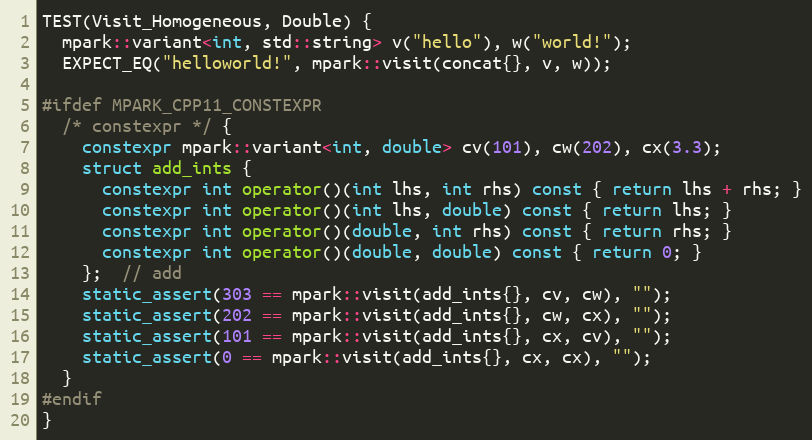
Language: C++
TEST(Visit_Homogeneous, Double) {
  mpark::variant<int, std::string> v("hello"), w("world!");
  EXPECT_EQ("helloworld!", mpark::visit(concat{}, v, w));

#ifdef MPARK_CPP11_CONSTEXPR
  /* constexpr */ {
    constexpr mpark::variant<int, double> cv(101), cw(202), cx(3.3);
    struct add_ints {
      constexpr int operator()(int lhs, int rhs) const { return lhs + rhs; }
      constexpr int operator()(int lhs, double) const { return lhs; }
      constexpr int operator()(double, int rhs) const { return rhs; }
      constexpr int operator()(double, double) const { return 0; }
    };  // add
    static_assert(303 == mpark::visit(add_ints{}, cv, cw), "");
    static_assert(202 == mpark::visit(add_ints{}, cw, cx), "");
    static_assert(101 == mpark::visit(add_ints{}, cx, cv), "");
    static_assert(0 == mpark::visit(add_ints{}, cx, cx), "");
  }
#endif
}